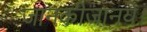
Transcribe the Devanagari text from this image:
जानकीजानये।